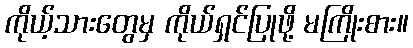
ကိုယ့်သားတွေမှ ကိုယ်ရှင်ပြုဖို့ မကြိုးစား။